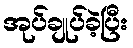
အုပ်ချုပ်ခဲ့ပြီး